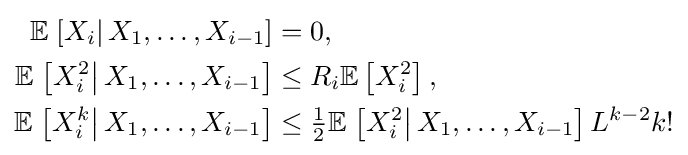
{\begin{aligned}\mathbb {E} \left.\left[X_{i}\right|X_{1},\ldots ,X_{i-1}\right]&=0,\\\mathbb {E} \left.\left[X_{i}^{2}\right|X_{1},\ldots ,X_{i-1}\right]&\leq R_{i}\mathbb {E} \left[X_{i}^{2}\right],\\\mathbb {E} \left.\left[X_{i}^{k}\right|X_{1},\ldots ,X_{i-1}\right]&\leq {\tfrac {1}{2}}\mathbb {E} \left.\left[X_{i}^{2}\right|X_{1},\ldots ,X_{i-1}\right]L^{k-2}k!\end{aligned}}